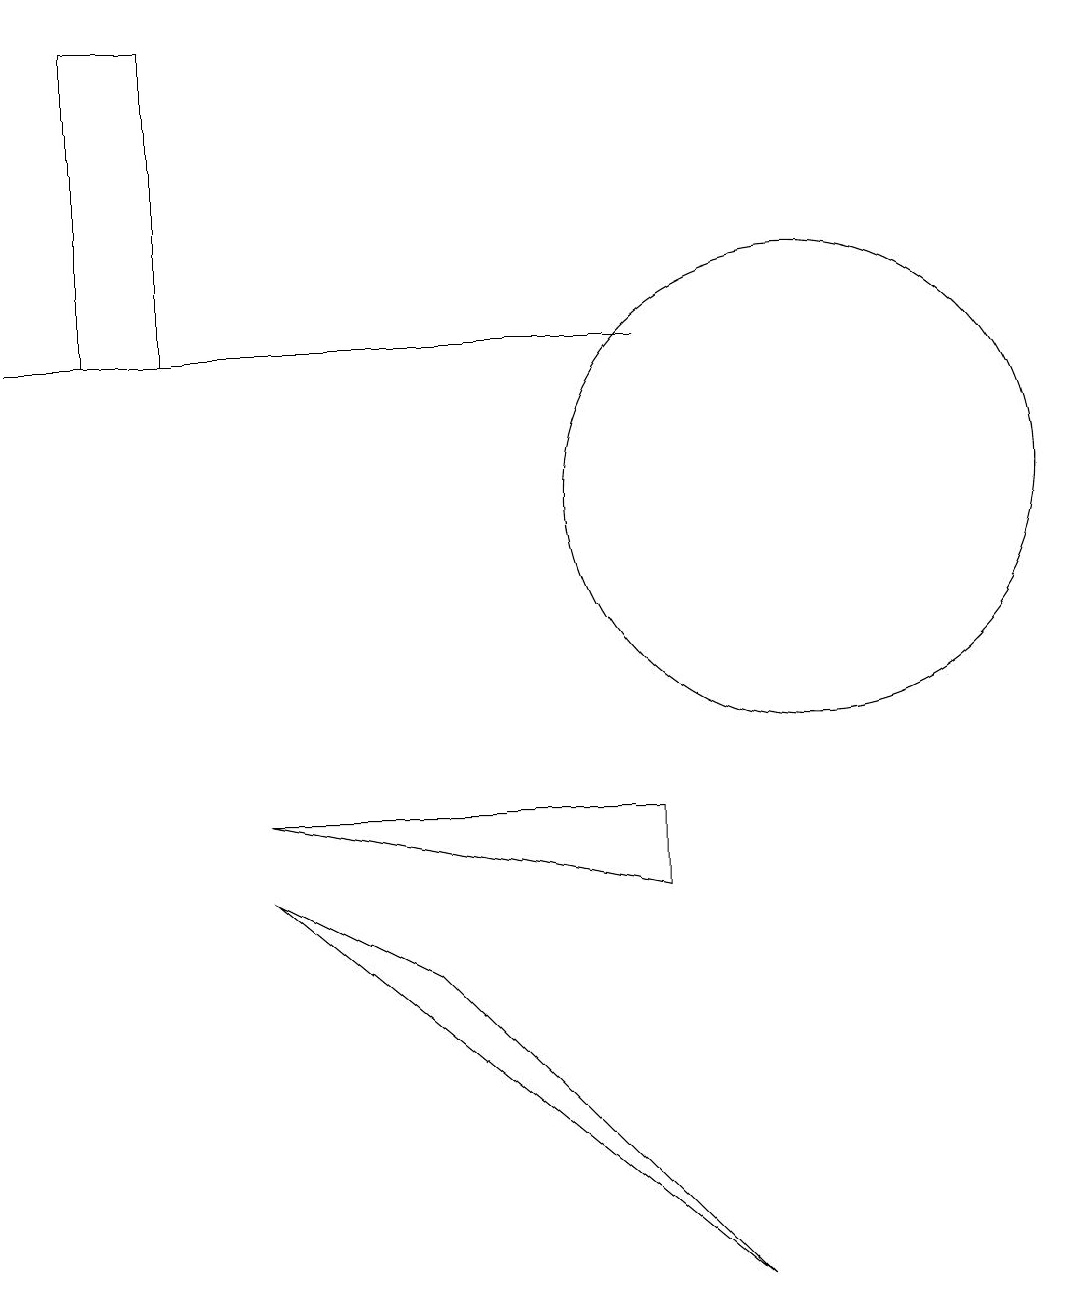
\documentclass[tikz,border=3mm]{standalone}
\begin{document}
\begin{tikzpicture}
\draw (0,13) rectangle (8,13);
\draw (9,1) -- (5,5) -- (3,6) -- cycle;
\draw (1,13) rectangle (2,17);
\draw (10,11) circle (3);
\draw (3,7) -- (8,6) -- (8,7) -- cycle;
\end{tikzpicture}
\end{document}